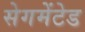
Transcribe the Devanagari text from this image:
सेगमेंटेड